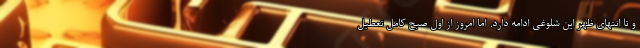
و تا انتهای ظهر این شلوغی ادامه دارد. اما امروز از اول صبح کامل تعطیل